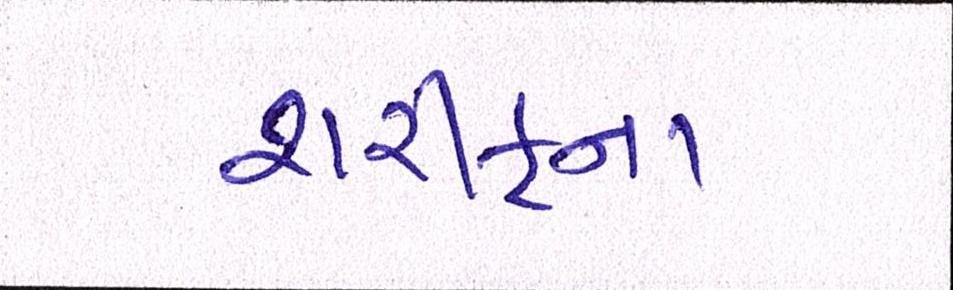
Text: શરીફના